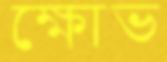
ক্ষোভ